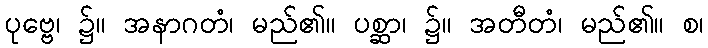
ပုဗ္ဗေ၊ ၌။ အနာဂတံ၊ မည်၏။ ပစ္ဆာ၊ ၌။ အတီတံ၊ မည်၏။ စ၊